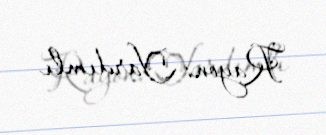
Rayon: Yardımlı